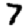
Digit: 7